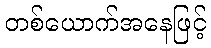
တစ်ယောက်အနေဖြင့်